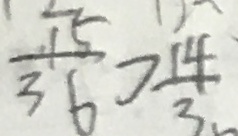
\frac { 1 5 } { 3 6 } > \frac { 1 4 } { 3 }